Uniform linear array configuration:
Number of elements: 48
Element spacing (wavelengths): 1
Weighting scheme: uniform
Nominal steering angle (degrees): -45
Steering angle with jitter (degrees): -43.718
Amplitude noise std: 0.05
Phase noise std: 0.05

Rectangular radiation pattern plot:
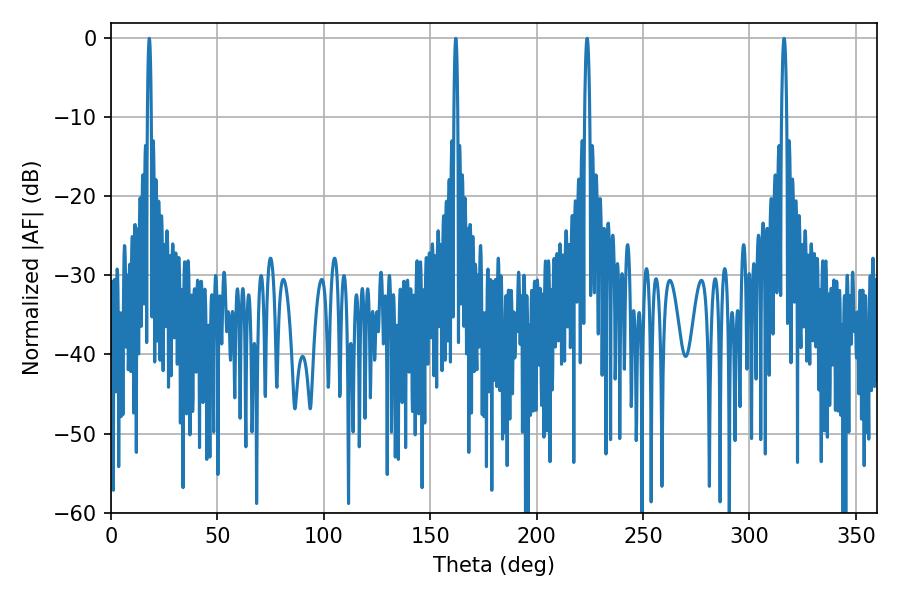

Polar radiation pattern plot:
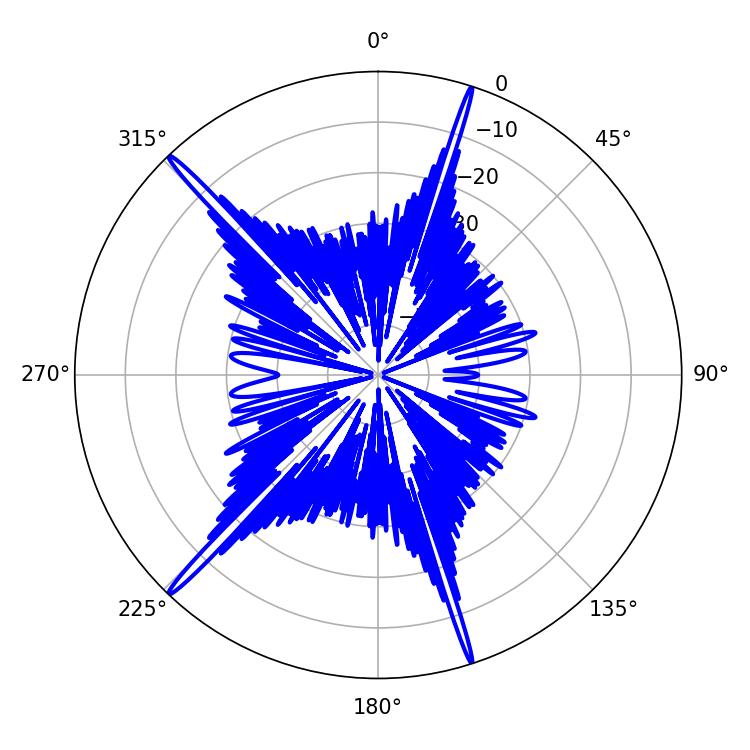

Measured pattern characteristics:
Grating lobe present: TRUE
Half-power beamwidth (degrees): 1.08
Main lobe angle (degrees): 18